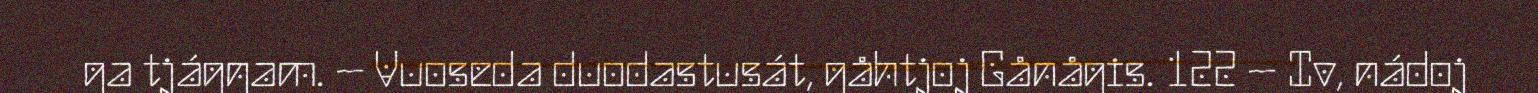
ga tjágŋam. – Vuoseda duodastusát, gåhtjoj Gånågis. 122 – Iv, nádoj